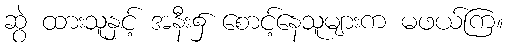
ဆွဲ ထားသူနှင့် အနီး၌ စောင့်နေသူများက မဖယ်ကြ။